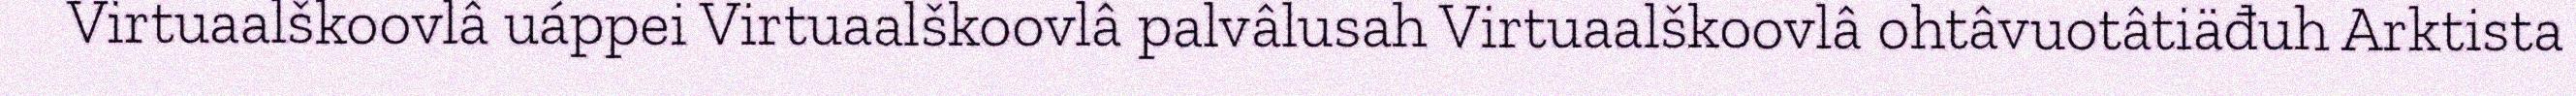
Virtuaalškoovlâ uáppei Virtuaalškoovlâ palvâlusah Virtuaalškoovlâ ohtâvuotâtiäđuh Arktista